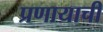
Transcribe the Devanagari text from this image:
प्रणायाची